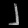
Digit: ၂